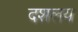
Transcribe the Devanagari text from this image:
दशलय